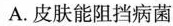
A.皮肤能阻挡病菌